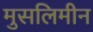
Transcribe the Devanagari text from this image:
मुसलिमीन